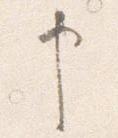
申